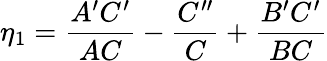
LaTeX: \eta_{1}={\frac{A^{\prime}C^{\prime}}{AC}}-{\frac{C^{\prime\prime}}{C}}+{\frac{B^{\prime}C^{\prime}}{BC}}